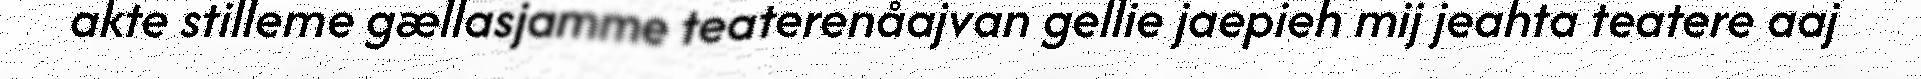
akte stilleme gællasjamme teaterenåajvan gellie jaepieh mij jeahta teatere aaj